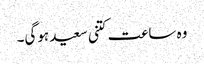
وہ ساعت کتنی سعید ہوگی۔